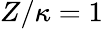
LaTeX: Z/\kappa=1